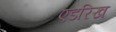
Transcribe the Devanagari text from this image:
एडरिख